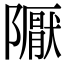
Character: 𨽀